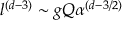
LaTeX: l ^ { ( d - 3 ) } \sim g Q \alpha ^ { ( d - 3 / 2 ) }